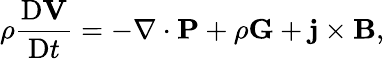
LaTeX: \rho\frac{\mathrm{D}\mathbf{V}}{\mathrm{D}t}=-\nabla\cdot\mathbf{P}+\rho\mathbf{G}+\mathbf{j}\times\mathbf{B},